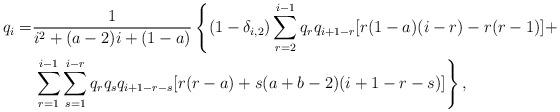
LaTeX: \begin{align*}q_{i}=&\frac{1}{i^{2} + (a-2)i + (1-a)}\left\{(1-\delta_{i,2})\sum_{r=2}^{i-1}q_{r}q_{i+1-r}[r(1-a)(i-r)-r(r-1)]+\right.\\&\left.\sum_{r=1}^{i-1}\sum_{s=1}^{i-r}q_{r}q_{s}q_{i+1-r-s}[r(r-a)+s(a+b-2)(i+1-r-s)]\right\},\end{align*}